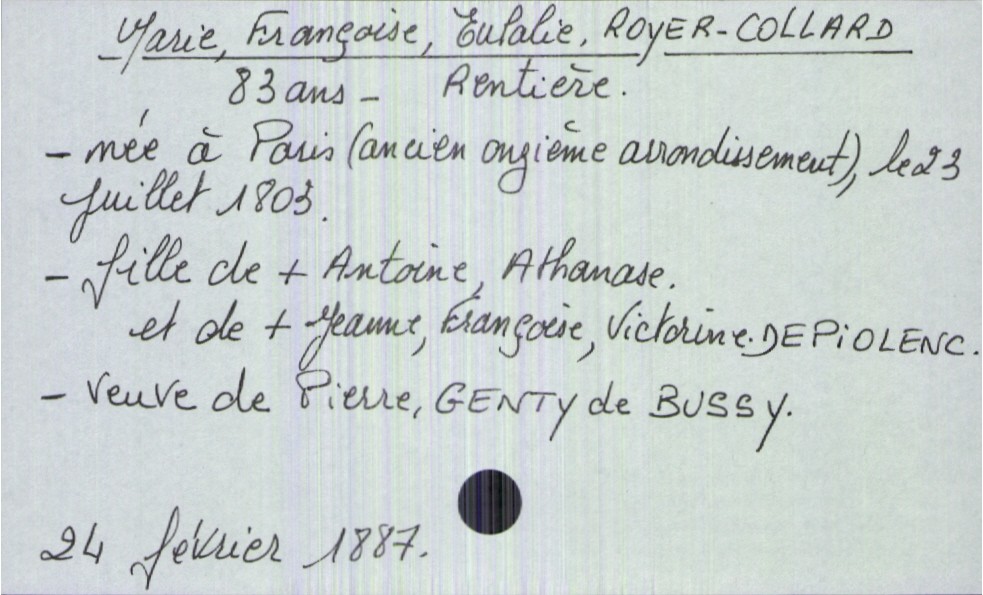
type_acte: Décès
année: 1887
mois: février
jour: 24
défunt_nom: Royer-Collard
défunt_prénom: Marie, Françoise, Eulalie
défunt_sexe: F
défunt_âge: 83 ans
défunt_date_de_naissance: 23 juillet 1803
défunt_lieu_de_naissance: Paris (ancien onzième arrondissement)
défunt_statut: veuf(ve)
père_défunt_nom: Royer-Collard
père_défunt_prénom: Antoine, Athanase
père_défunt_statut: décédé
mère_défunt_nom: Depiolenc
mère_défunt_prénom: Jeanne, Françoise, Victorine
mère_défunt_statut: décédée